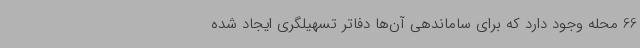
66 محله وجود دارد که برای ساماندهی آن‌ها دفاتر تسهیلگری ایجاد شده